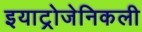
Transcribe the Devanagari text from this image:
इयाट्रोजेनिकली